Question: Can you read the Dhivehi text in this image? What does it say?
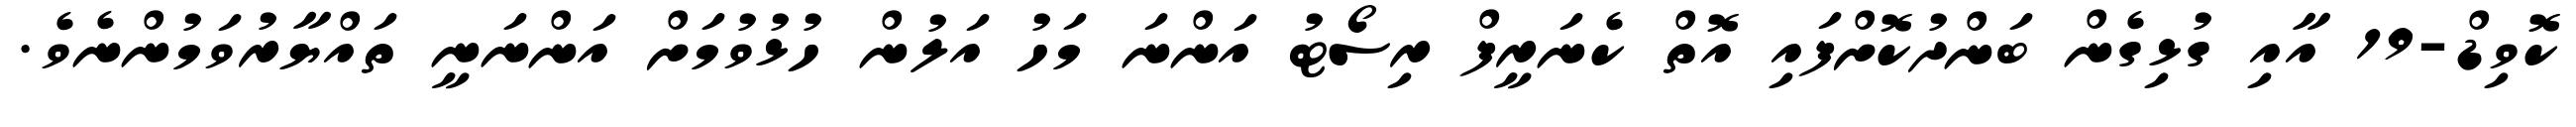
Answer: ކޮވިޑް-19 އާއި ގުޅިގެން ބަންދުކޮށްފައި އޮތް ކެނަރީފް ރިސޯޓު އަންނަ މަހު އަލުން ހުޅުވުމަށް އަންނަނީ ތައްޔާރުވަމުންނެވެ.